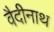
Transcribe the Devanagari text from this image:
वैदीनाथ